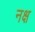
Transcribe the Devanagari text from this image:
नक्ष